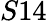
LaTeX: S14